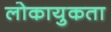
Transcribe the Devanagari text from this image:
लोकायुकता